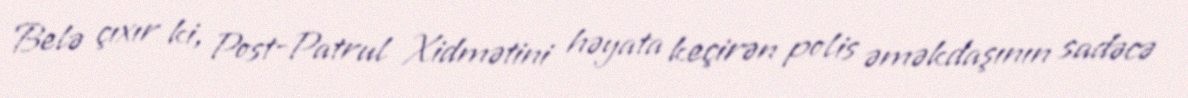
Belə çıxır ki, Post-Patrul Xidmətini həyata keçirən polis əməkdaşının sadəcə